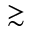
\gtrsim